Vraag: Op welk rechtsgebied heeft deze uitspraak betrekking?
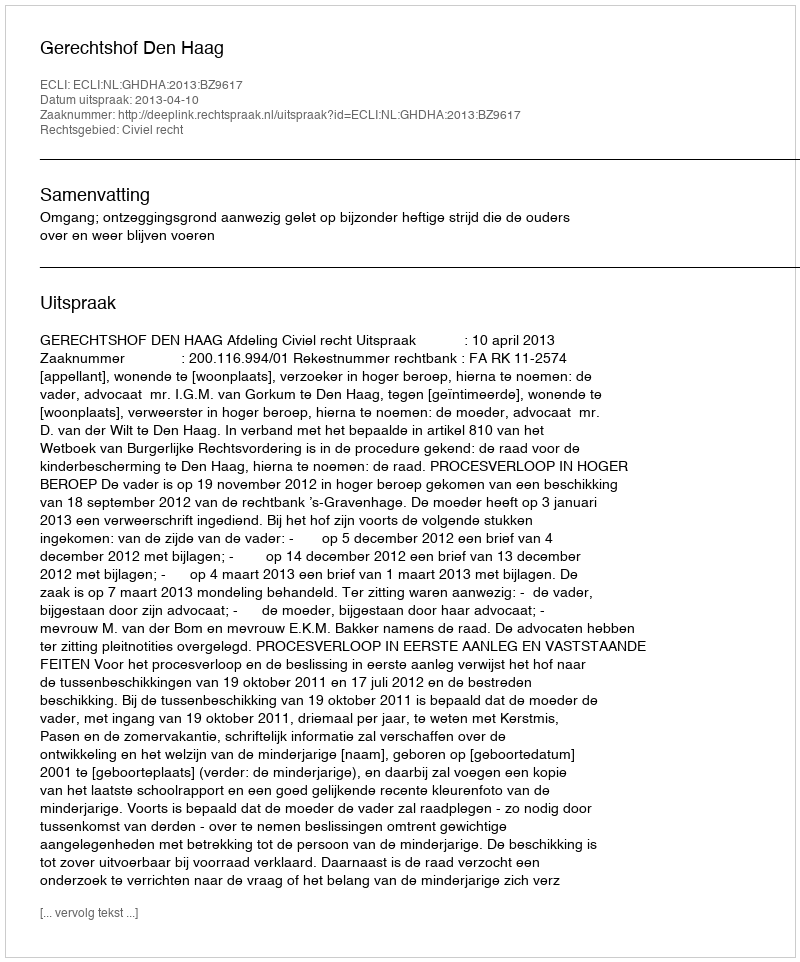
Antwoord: Civiel recht